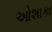
ઓશાકા